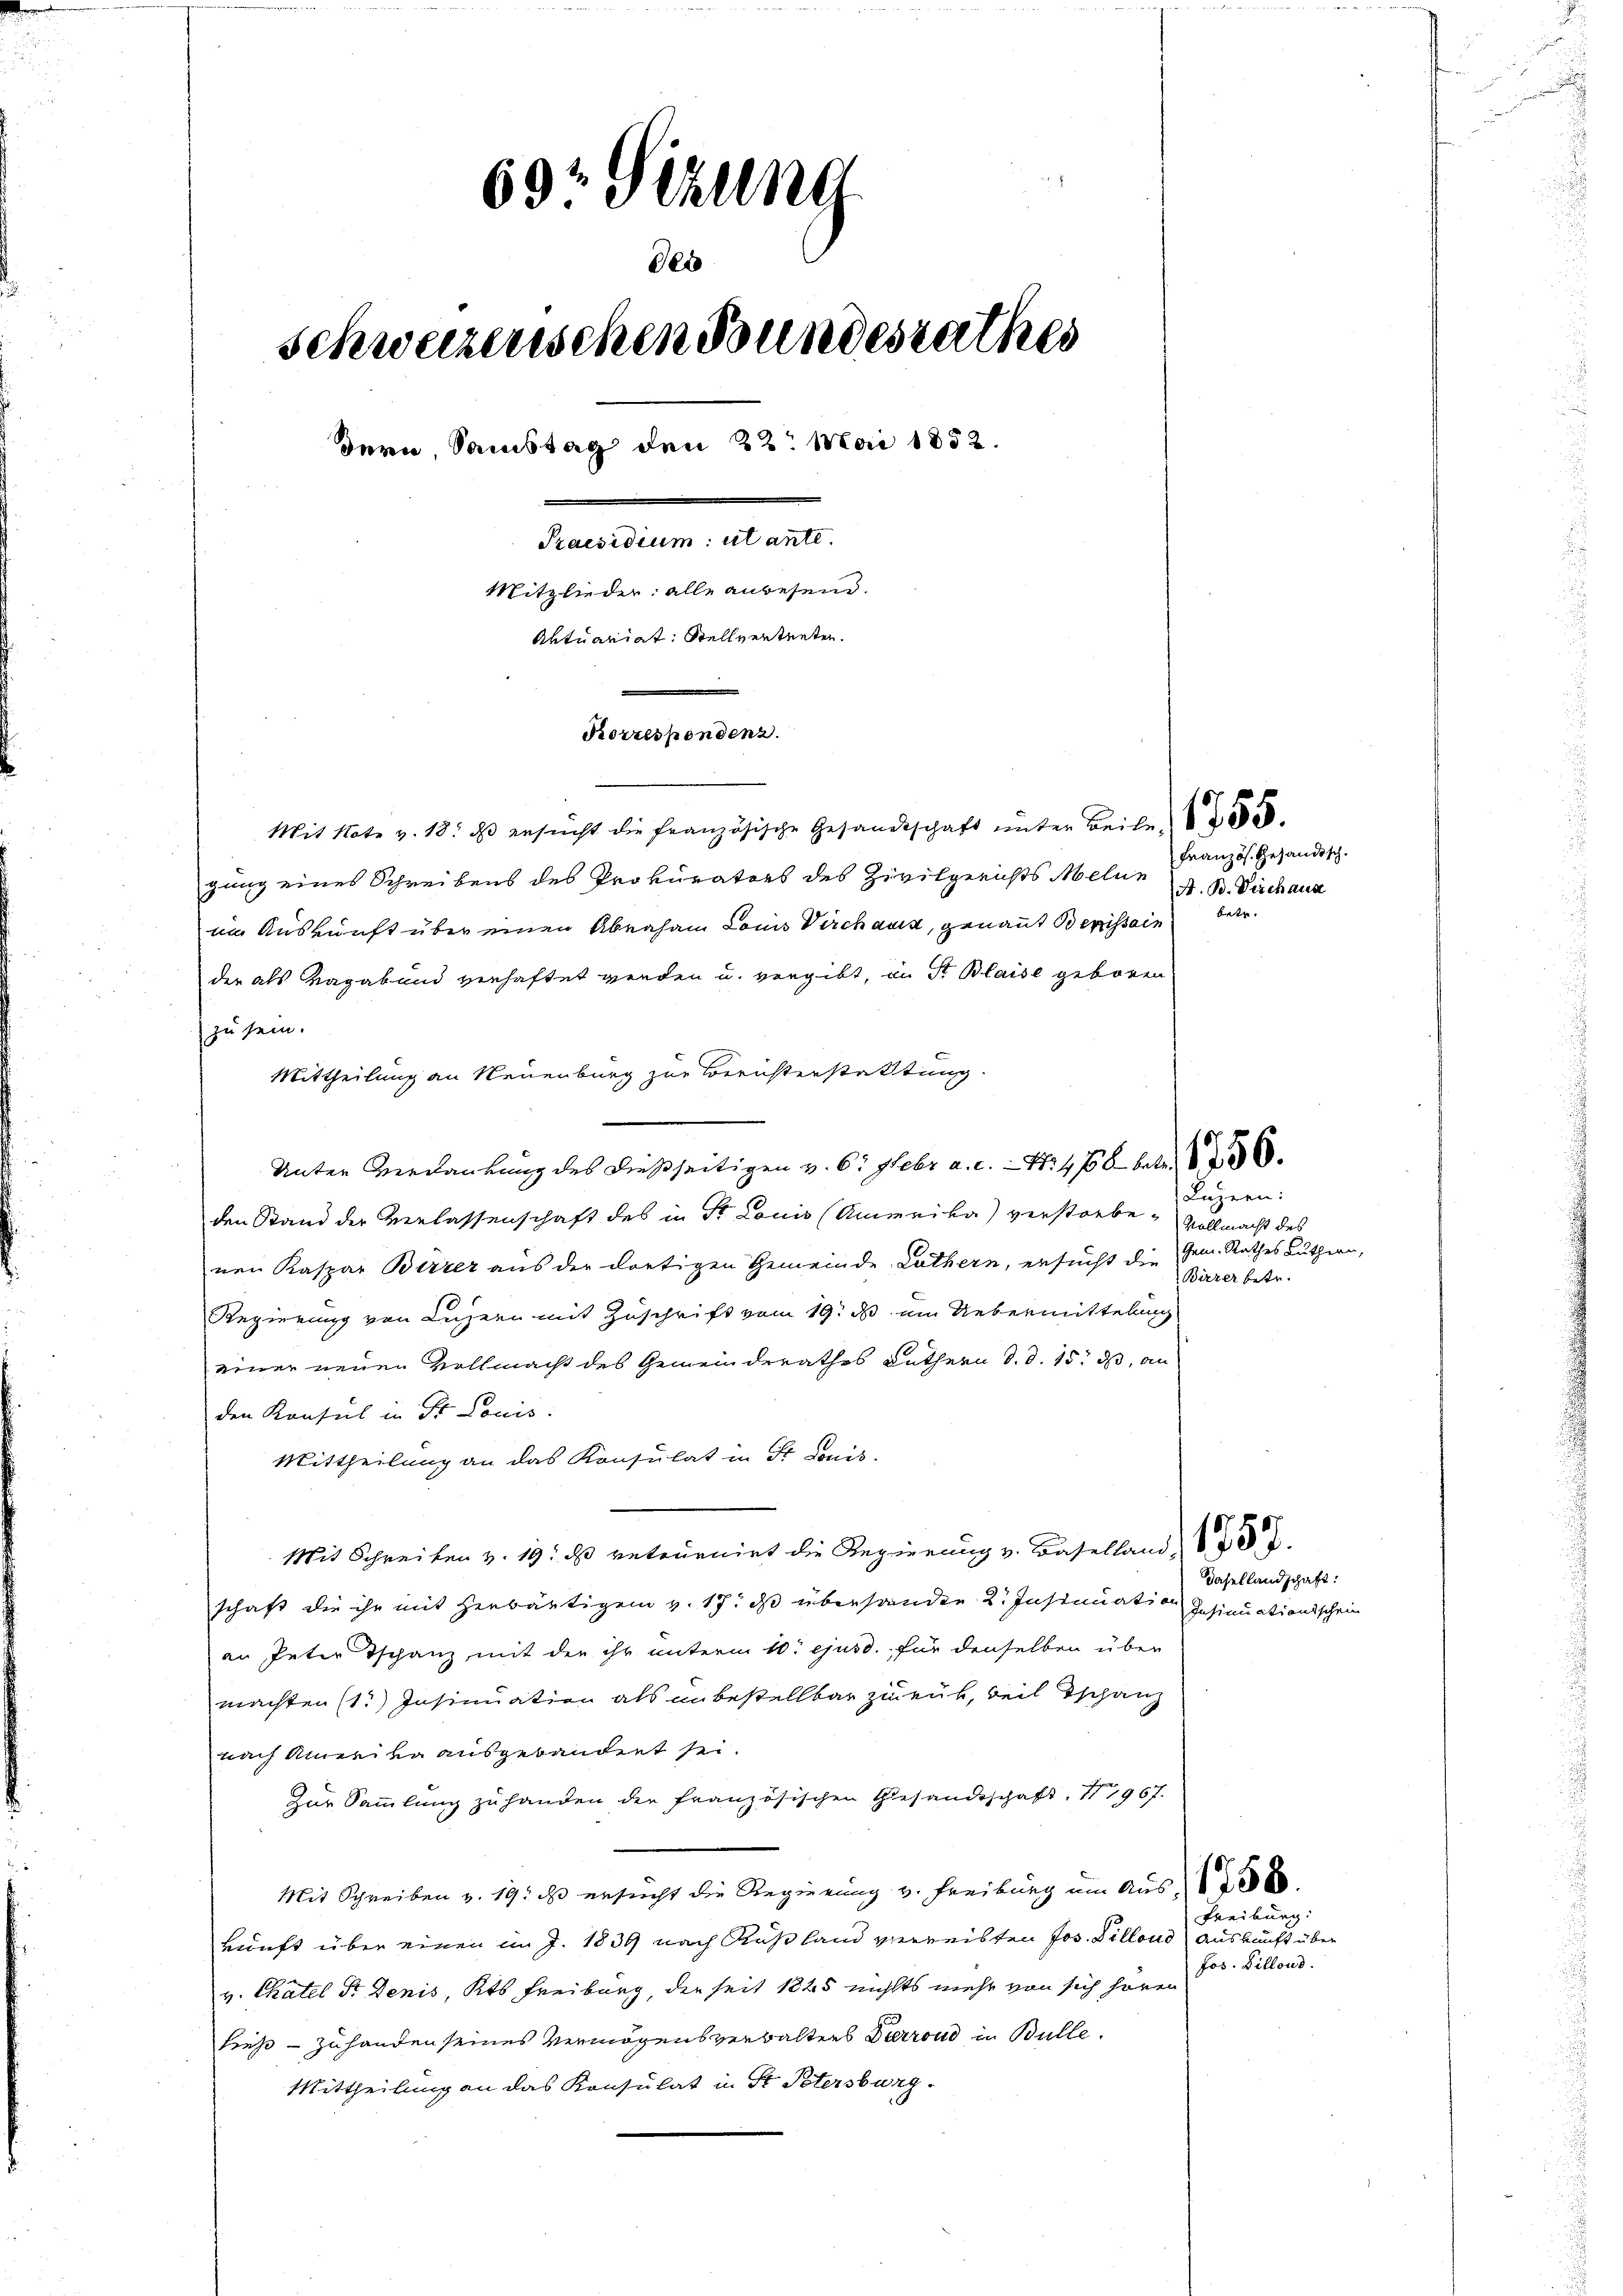
aignen unter
69r Sitzung
des
schweizenschen Bundesrathes
dern, Samstag den 22. Mai 1852.
Praesidium utante.
Mitglieder: alle anbesein.
Aktuariat. Stellvertreten.

Korrespondenz.

Mit Note v. 18. ds ersucht die Französische Gesandtschaft unter Beile 1858.
gung eines Schreibens des Prokurators des Zivilgerichts Melun
im Auskunft über einen Abraham Louis Virchaus, genannt Berissain
der als Vagabund verhaftet werden u. vergibt, in St. Blaise geboren
zu sein.
Mittheilung an Neuenburg zur Berüsterstattung.
Unter Verdankung des dießseitigen v. 6. Febr a. c. - 4. 488 betr. 606.
den Stand der Verlassenschaft des in St. Louis (Ammeika) verstorbe- Vollmacht des
nen Kaspar Berzer aus der dortigen Gemeinde Luthern, ersucht die Gem. Rathes Luthern,
Regierung von Luzern mit Zuschrift vom 19. ds um Uebermittelung
einer neuen Vollmacht des Gemeinderathes Luthern d. d. 15. dß, an
den Konsul in Dr Louis:
Mittheilung an das Konsulat in St. Louis-
Mit Schreiben v. 19. ds retournirt die Regierung v. Baselland,
schaft die ihr mit Herbäutigen v. 17. ds überhanden 2. Instimmation
an Peter Tschanz mit der ihr unterm 10. ejusd., für denselben über
machten (1.) Insinuation als unbestellbar zurück, weil Tschanz
nach Amerika ausgebäudent sei.
Zur Sammlung zu handen der französischen Gesandtschaft. 11967.
Mit Schreiben z. 19. ds ersucht die Regierung v. Freiburg um Aus 20 x
kunft über einen im J. 1839 nach Rußland verreisten Jos. Dillend Auskunft über
v. Chatel Dr. Denis, Kts Freiburg, der seit 1845 nichts mehr von sich hören
hieß – zuhanden seines Vermögensverwalters Terrond in Bulle.
Mittheilung an das Konsulat in St. Petersburg

Französ. Gesandisch.
A. B. Deschaus
betr.

Luzern:
Birrer betr.

Dasellandschaft:
Insinuationischen

Freiburg:
Jos. Billons.

u

.